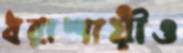
ধরাশায়ীও